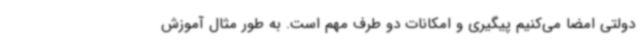
دولتی امضا می‌کنیم پیگیری و امکانات دو طرف مهم است. به طور مثال آموزش